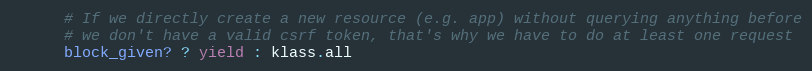
Language: Ruby
      # If we directly create a new resource (e.g. app) without querying anything before
      # we don't have a valid csrf token, that's why we have to do at least one request
      block_given? ? yield : klass.all